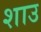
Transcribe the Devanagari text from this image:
शाउ